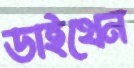
ডাইথেন